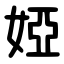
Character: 婭